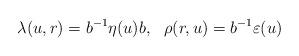
LaTeX: \begin{align*}\lambda(u, r) = b^{-1} \eta(u) b, \ \ \rho(r,u) = b^{-1}\varepsilon(u)\end{align*}